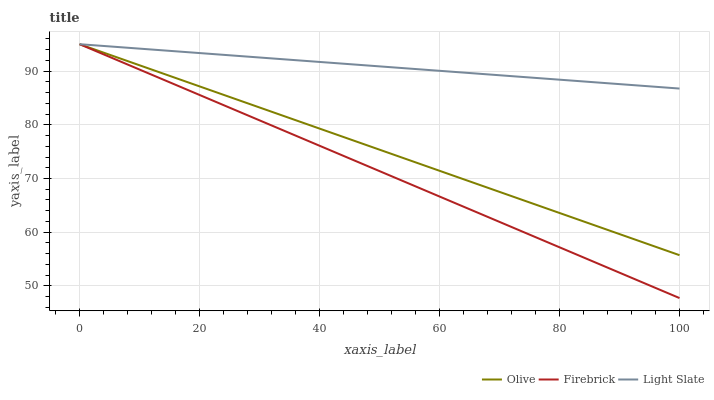
| xaxis_label | Olive | Firebrick | Light Slate |
 | --- | --- | --- | --- |
 | 0 | 95 | 95 | 95 |
 | 5.56 | 92.8 | 92.4 | 94.5 |
 | 11.1 | 90.6 | 89.7 | 94.1 |
 | 16.7 | 88.5 | 87.1 | 93.6 |
 | 22.2 | 86.3 | 84.5 | 93.2 |
 | 27.8 | 84.1 | 81.9 | 92.7 |
 | 33.3 | 81.9 | 79.2 | 92.2 |
 | 38.9 | 79.7 | 76.6 | 91.8 |
 | 44.4 | 77.5 | 74 | 91.3 |
 | 50 | 75.4 | 71.4 | 90.9 |
 | 55.6 | 73.2 | 68.7 | 90.4 |
 | 61.1 | 71 | 66.1 | 90 |
 | 66.7 | 68.8 | 63.5 | 89.5 |
 | 72.2 | 66.6 | 60.9 | 89 |
 | 77.8 | 64.5 | 58.2 | 88.6 |
 | 83.3 | 62.3 | 55.6 | 88.1 |
 | 88.9 | 60.1 | 53 | 87.7 |
 | 94.4 | 57.9 | 50.4 | 87.2 |
 | 100 | 55.7 | 47.7 | 86.7 |